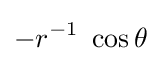
-r^{-1}~\cos \theta